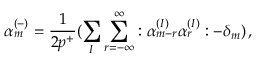
\alpha _ { m } ^ { ( - ) } = \frac { 1 } { 2 p ^ { + } } ( \sum _ { I } \sum _ { r = - \infty } ^ { \infty } : \alpha _ { m - r } ^ { ( I ) } \alpha _ { r } ^ { ( I ) } : - \delta _ { m } ) \, ,